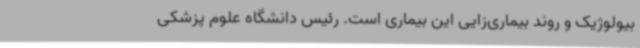
بیولوژیک و روند بیماری‌زایی این بیماری است. رئیس دانشگاه علوم پزشکی